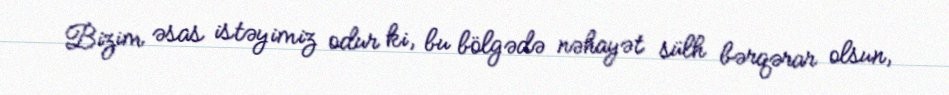
Bizim əsas istəyimiz odur ki, bu bölgədə nəhayət sülh bərqərar olsun,